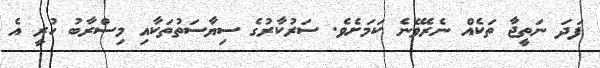
ފަދަ ނަތީޖާ ތަކެއް ނެރެވޭނެ ކަމަށެވެ. ސަރުކާރުގެ ސިޔާސަތުތަކާއި މިސްރާބު ހުރީ އެ